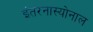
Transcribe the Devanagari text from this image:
इंतरनास्योनाल